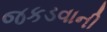
જકડવાની